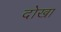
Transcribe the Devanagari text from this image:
दोखा